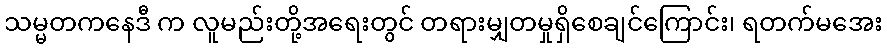
သမ္မတကနေဒီ က လူမည်းတို့အရေးတွင် တရားမျှတမှုရှိစေချင်ကြောင်း၊ ရတက်မအေး